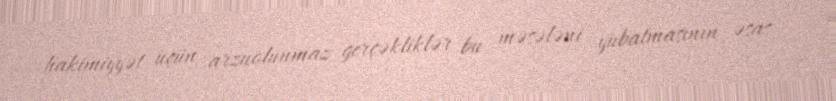
hakimiyyət üçün arzuolunmaz gerçəkliklər bu məsələni yubatmasının əsas